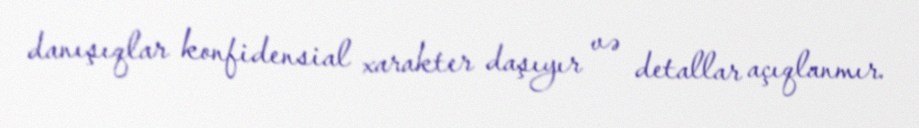
danışıqlar konfidensial xarakter daşıyır və detallar açıqlanmır.